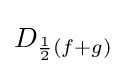
D_{{\frac {1}{2}}(f+g)}